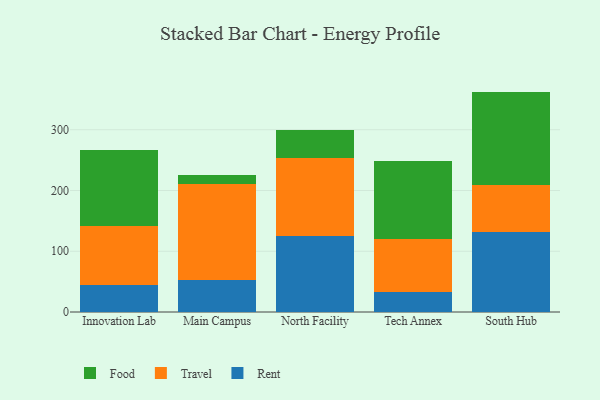
{"axis": {"x": "Campus", "y": "Revenue (USD Million)"}, "legend": ["Food", "Rent", "Travel"], "data": [{"x": "Innovation Lab", "y": 45.0, "type": "Rent"}, {"x": "Innovation Lab", "y": 96.0, "type": "Travel"}, {"x": "Innovation Lab", "y": 125.1, "type": "Food"}, {"x": "Main Campus", "y": 52.5, "type": "Rent"}, {"x": "Main Campus", "y": 158.2, "type": "Travel"}, {"x": "Main Campus", "y": 15.5, "type": "Food"}, {"x": "North Facility", "y": 125.9, "type": "Rent"}, {"x": "North Facility", "y": 127.3, "type": "Travel"}, {"x": "North Facility", "y": 46.6, "type": "Food"}, {"x": "Tech Annex", "y": 32.5, "type": "Rent"}, {"x": "Tech Annex", "y": 87.2, "type": "Travel"}, {"x": "Tech Annex", "y": 128.1, "type": "Food"}, {"x": "South Hub", "y": 130.9, "type": "Rent"}, {"x": "South Hub", "y": 78.4, "type": "Travel"}, {"x": "South Hub", "y": 153.5, "type": "Food"}]}